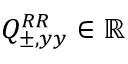
Q _ { \pm , y y } ^ { R R } \in \mathbb { R }